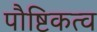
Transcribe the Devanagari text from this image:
पौष्टिकत्व